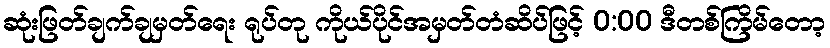
ဆုံးဖြတ်ချက်ချမှတ်ရေး ရုပ်တု ကိုယ်ပိုင်အမှတ်တံဆိပ်ဖြင့် 0:00 ဒီတစ်ကြိမ်တော့